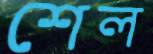
শেল